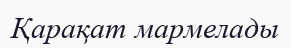
Қарақат мармелады